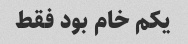
یکم خام بود فقط